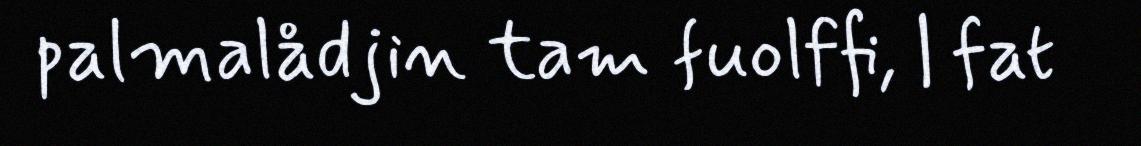
palmalådjin tam fuolffi, | fat